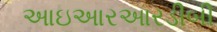
આઇઆરઆરડીબી